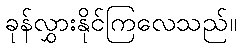
ခုန်လွှားနိုင်ကြလေသည်။